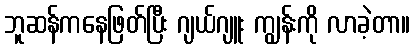
ဘူဆန်ကနေဖြတ်ပြီး ဂျယ်ဂျူး ကျွန်းကို လာခဲ့တာ။